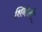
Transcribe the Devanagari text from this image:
शिनोली